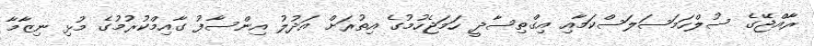
ރާއްޖޭގެ ސުލްހަމަސަލަސްކަމާއި އިގްތިސާދީ ހަމަޖެހުމުގެ އިތުރަށް އަދުލު އިންސާފު ގާއިމްކުރުމުގެ މުޅި ނިޒާމާ